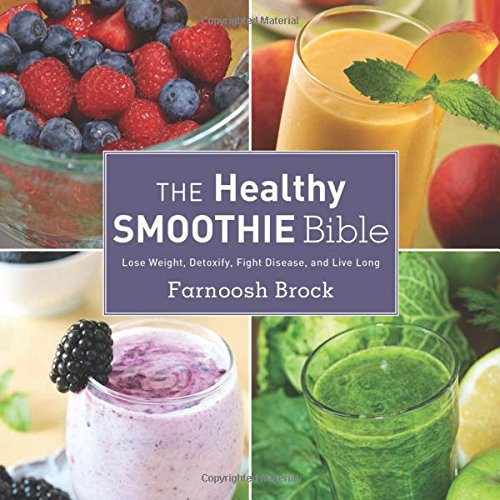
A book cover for The Healthy Smoothie Bible: Lose Weight, Detoxify, Fight Disease, and Live Long; Farnoosh Brock; Cookbooks, Food & Wine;